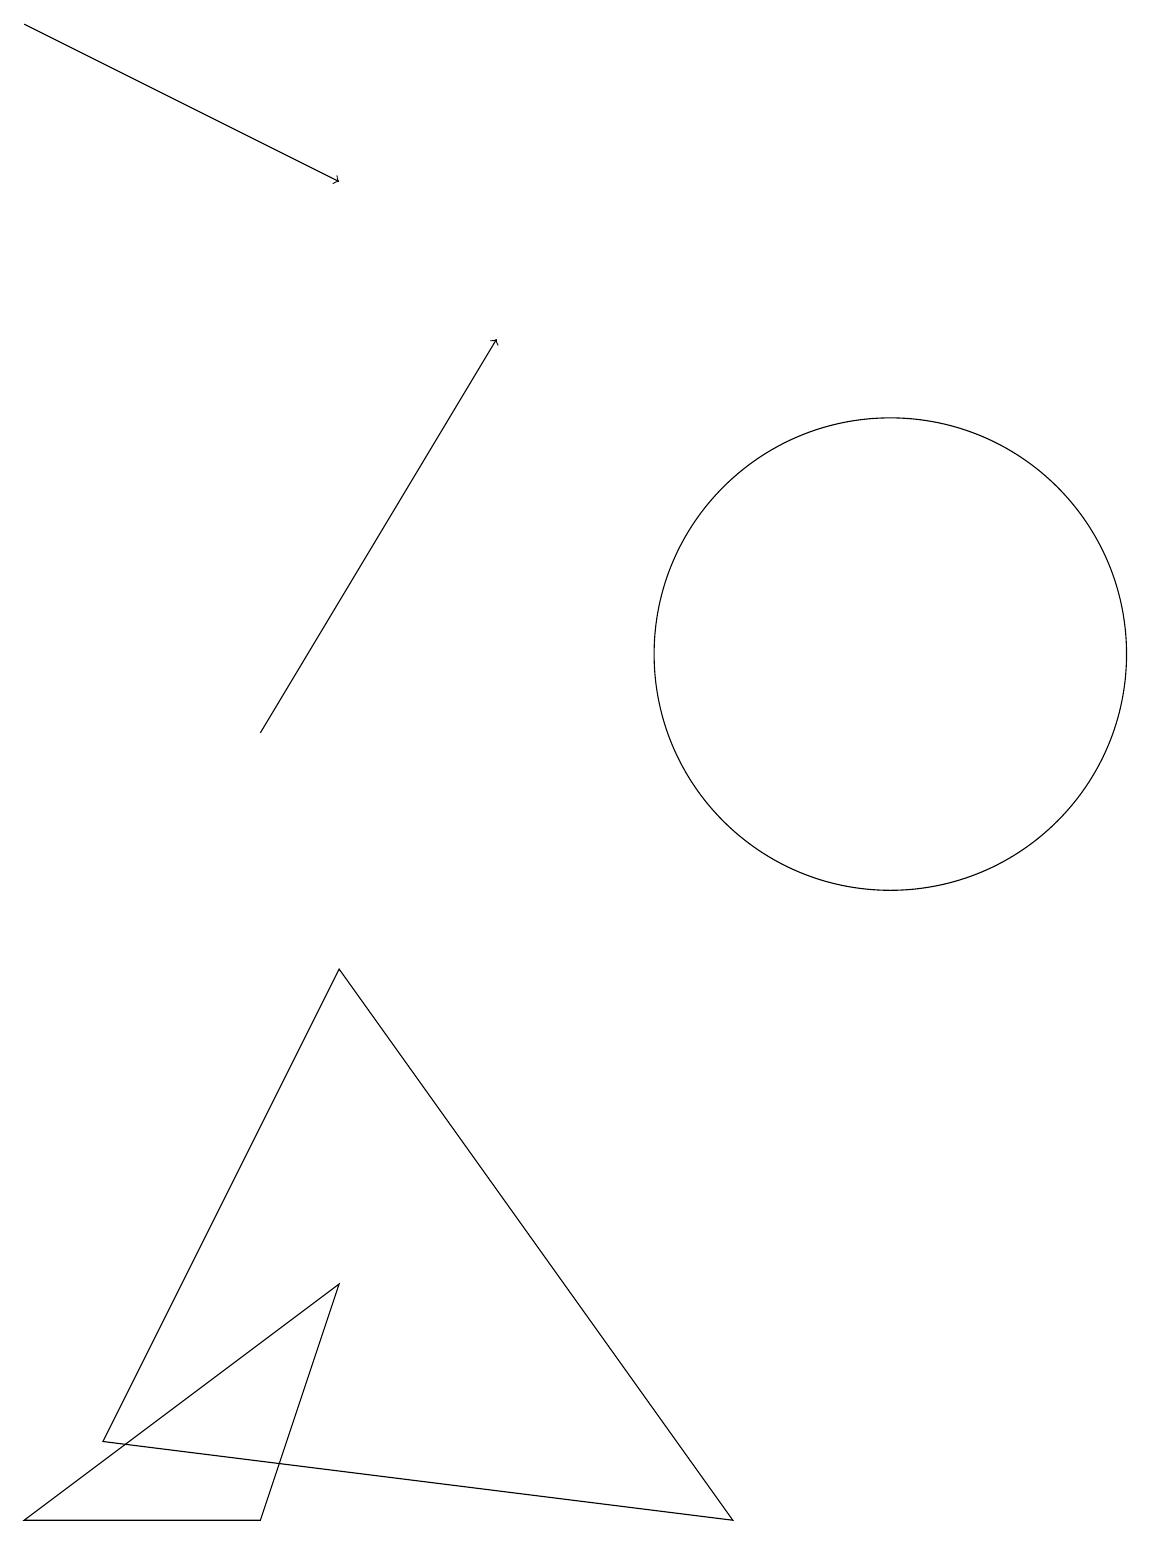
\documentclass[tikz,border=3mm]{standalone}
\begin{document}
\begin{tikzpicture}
\draw[->] (3,10) -- (6,15);
\draw[->] (0,19) -- (4,17);
\draw (11,11) circle (3);
\draw (0,0) -- (4,3) -- (3,0) -- cycle;
\draw (6,19) rectangle (6,19);
\draw (4,7) -- (1,1) -- (9,0) -- cycle;
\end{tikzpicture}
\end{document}